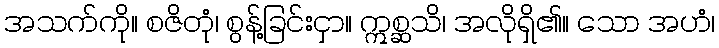
အသက်ကို။ စဇိတုံ၊ စွန့်ခြင်းငှာ။ ဣစ္ဆသိ၊ အလိုရှိ၏။ သော အဟံ၊